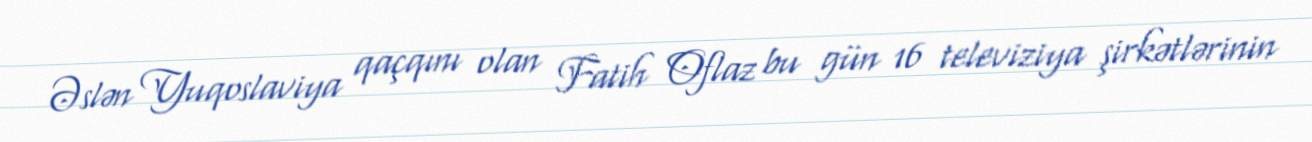
Əslən Yuqoslaviya qaçqını olan Fatih Oflaz bu gün 16 televiziya şirkətlərinin